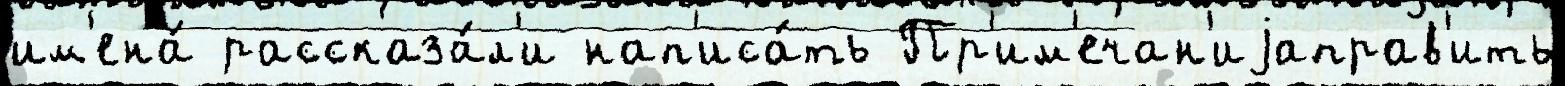
им'ена́ рассказа́л'и нап'иса́ть Пр'им'ечан'иjаправ'ить